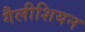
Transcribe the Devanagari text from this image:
गैलीशियन